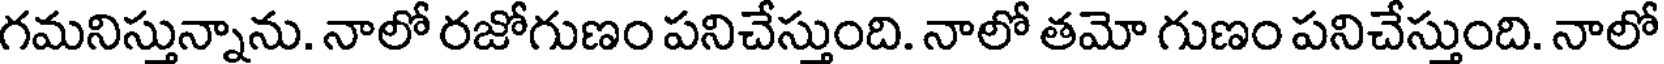
గమనిస్తున్నాను. నాలో రజోగుణం పనిచేస్తుంది. నాలో తమో గుణం పనిచేస్తుంది. నాలో